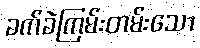
ခက်ခဲကြမ်းတမ်းသော